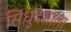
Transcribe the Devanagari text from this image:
सिंधुदेशाला